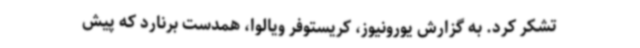
تشکر کرد. به گزارش یورونیوز، کریستوفر ویالوا، همدست برنارد که پیش